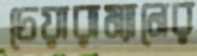
চেয়ারাম্যানের